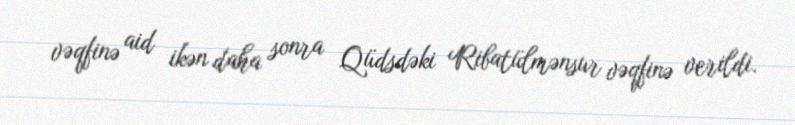
vəqfinə aid ikən daha sonra Qüdsdəki Ribatülmənsur vəqfinə verildi.